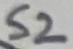
Text: S2